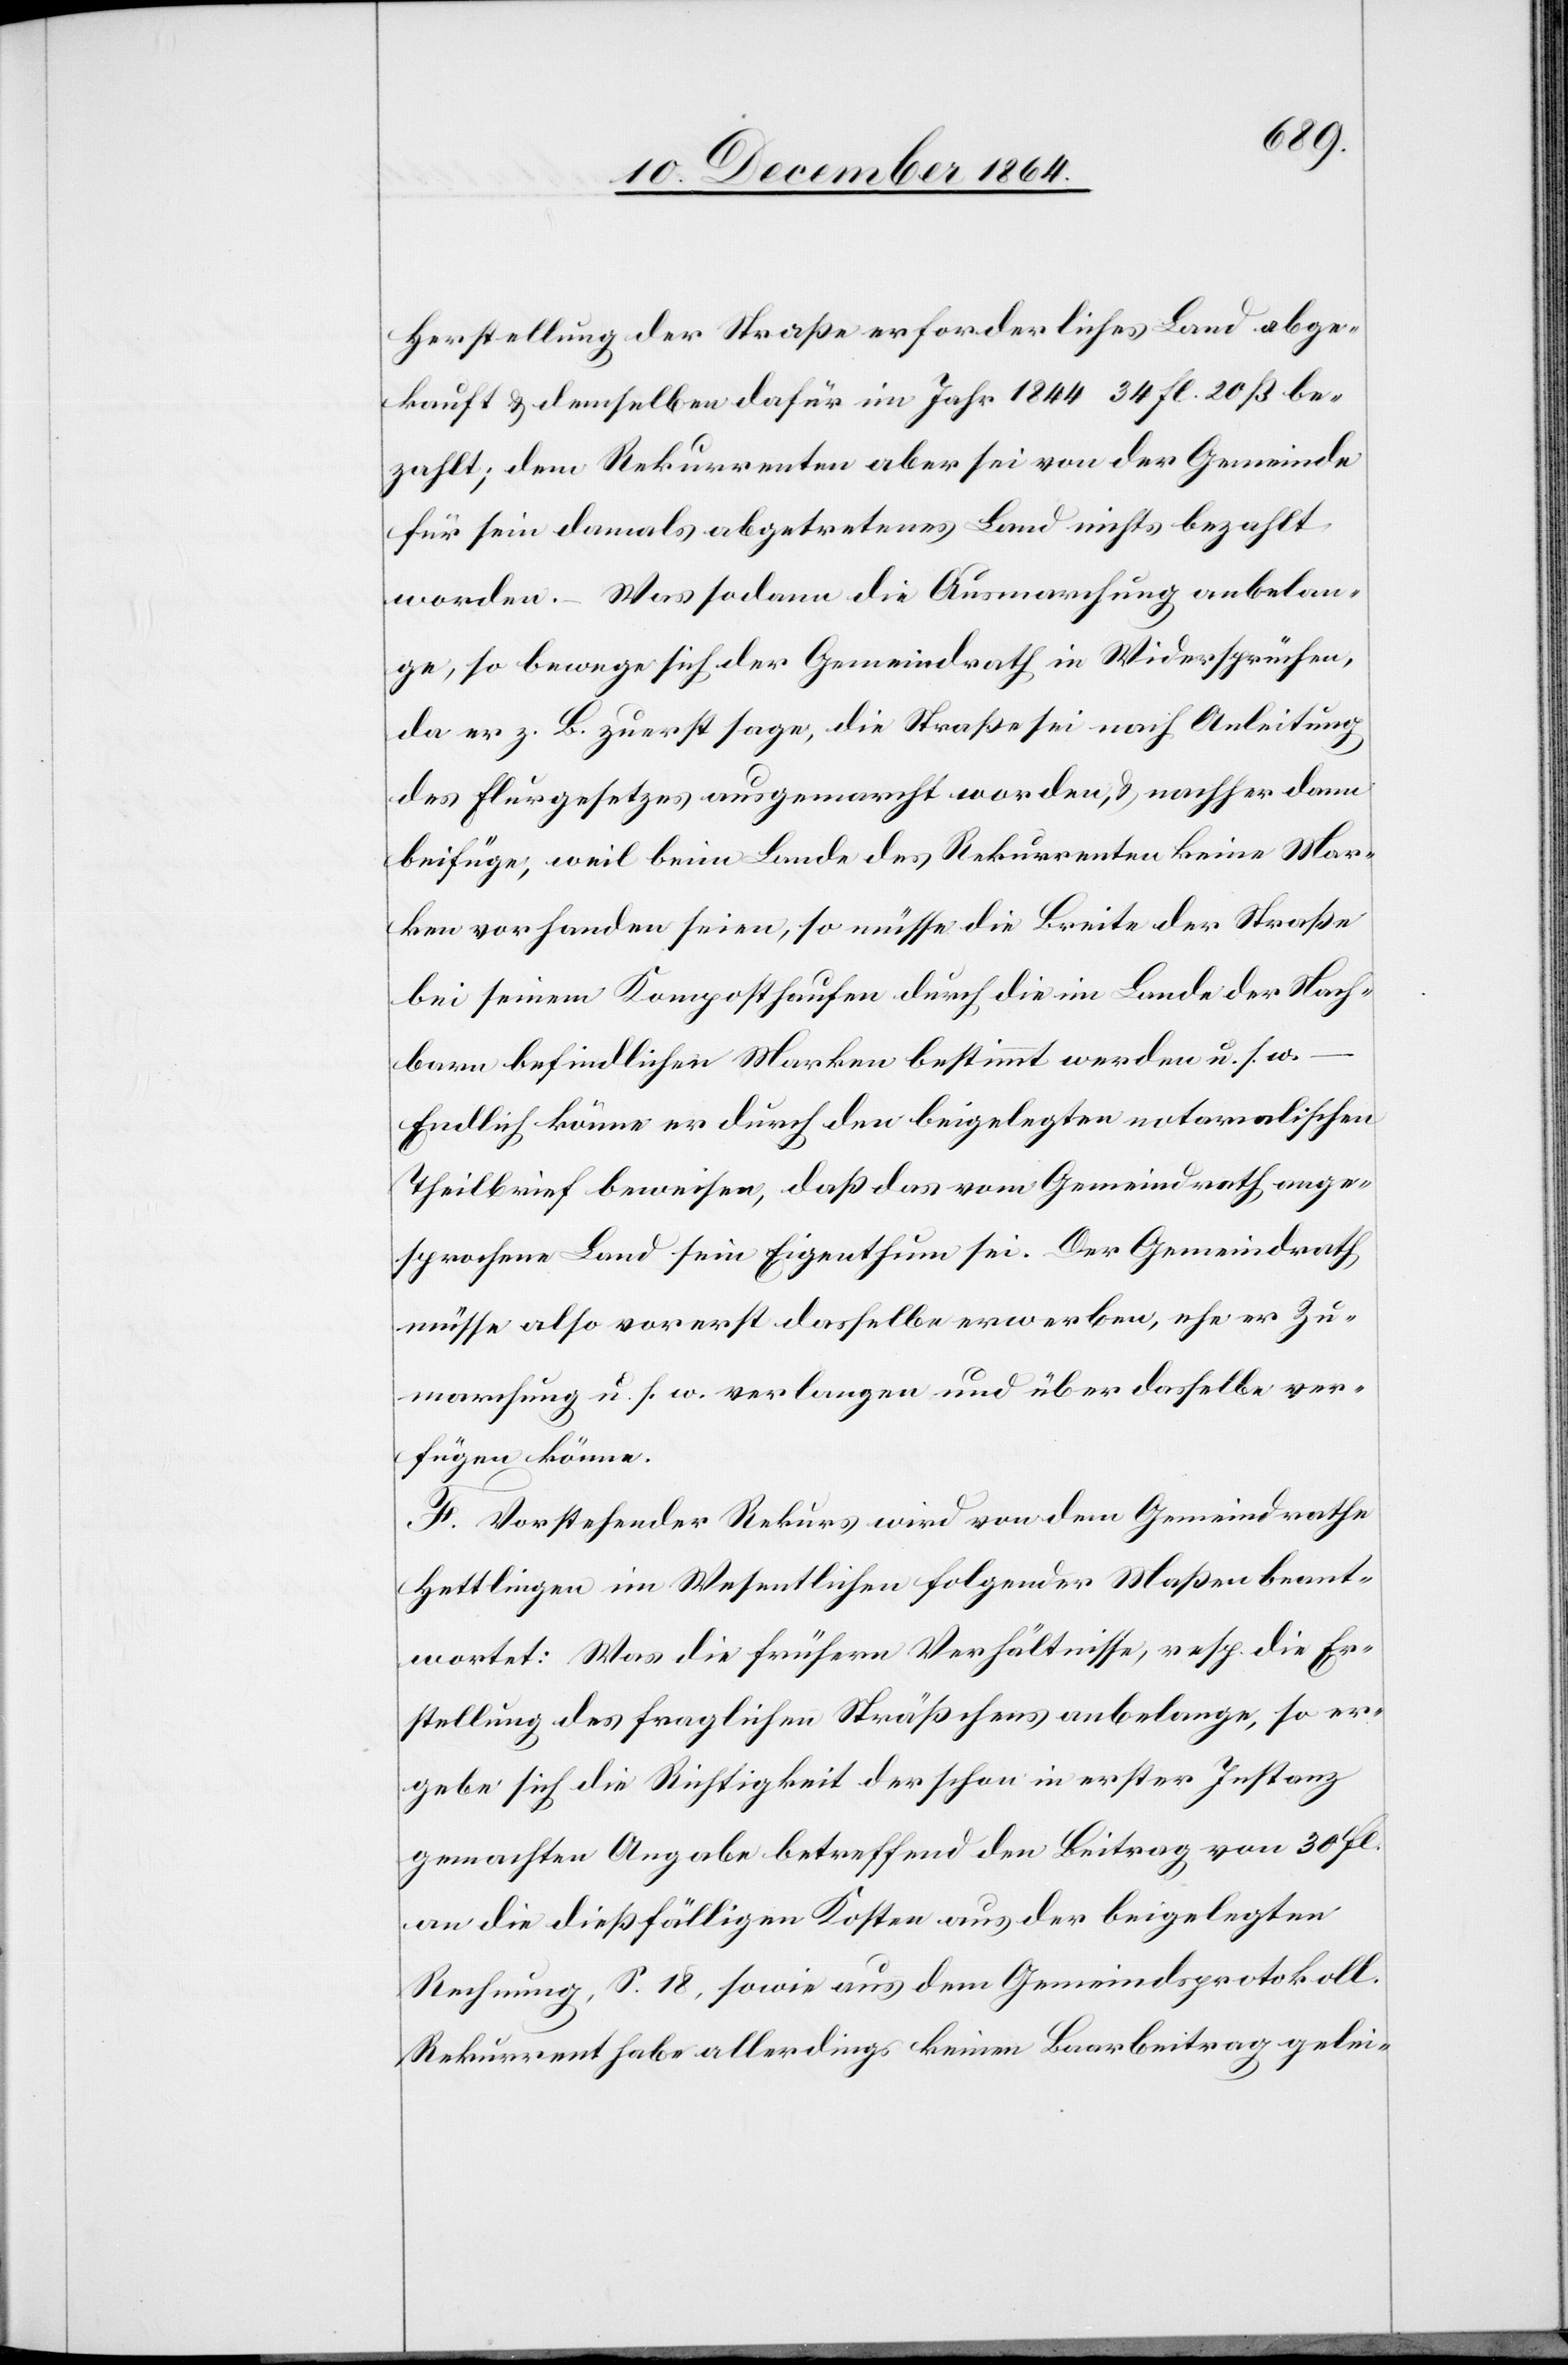
Herstellung der Straße erforderliches Land abge¬
kauft & demselben dafür im Jahr 1844 34 fl. 20 ß be¬
zahlt; dem Rekurrenten aber sei von der Gemeinde
für sein damals abgetretenes Land nicht bezahlt
worden. – Was sodann die Ausmarchung anbelan¬
ge, so bewege sich der Gemeindrath in Widersprüche,
da er z. B. zuerst sage, die Straße sei nach Anleitung
des Flurgesetzes ausgemarcht worden, & nachher dann
beifüge, weil beim Lande des Rekurrenten keine Mar¬
ken vorhanden seien, so müsse die Breite der Straße
bei seinem Komposthaufen durch die im Lande der Nach¬
barn befindlichen Marken bestimmt werden u. s. w.
Endlich könne er durch den beigelegten notarialischen
Theilbrief beweisen, daß das vom Gemeindrath ange¬
sprochene Land sein Eigenthum sei. Der Gemeindrath
müsse also vorerst dasselbe erwerben, ehe er Zu¬
marchung u. s. w. verlangen und über dasselbe ver¬
fügen könne.
F. Vorstehender Rekurs wird von dem Gemeindrathe
Hettlingen im Wesentlichen folgender Maßen beant¬
wortet: Was die frühern Verhältnisse, resp. die Er¬
stellung des fraglichen Sträßchens anbelange, so er¬
gebe sich die Richtigkeit der schon in erster Instanz
gemachten Angabe betreffend den Beitrag von 30 fl.
an die dießfälligen Kosten aus der beigelegten
Rechnung, S. 18, sowie aus dem Gemeindsprotokoll.
Rekurrent habe allerdings keinen Baarbeitrag gelei-